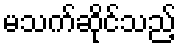
မသက်ဆိုင်သည့်